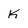
Character: K